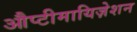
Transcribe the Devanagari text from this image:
औप्टीमायिज़ेशन